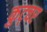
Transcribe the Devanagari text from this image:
कुट्चर